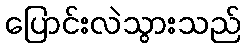
ပြောင်းလဲသွားသည်